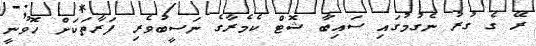
ރޭ ގެ ގުރު ނެގުމުގައި ސައިބާ ޝޮޓް ކެމެރާގެ ނަސީބުވެރި ފަރާތަކަށް ހޮވުނީ